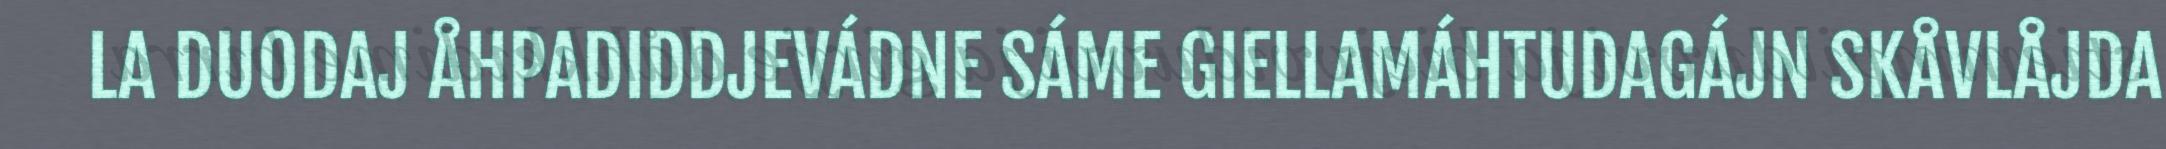
LA DUODAJ ÅHPADIDDJEVÁDNE SÁME GIELLAMÁHTUDAGÁJN SKÅVLÅJDA